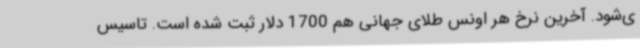
ی‌شود. آخرین نرخ هر اونس طلای جهانی هم 1700 دلار ثبت شده است. تاسیس